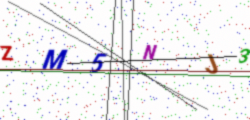
Text: ZM5NJ3